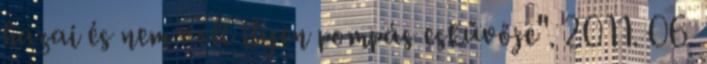
hazai és nem volt ilyen pompás eskűvője". 2011. 06.